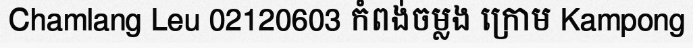
Chamlang Leu 02120603 កំពង់ចម្លង ក្រោម Kampong